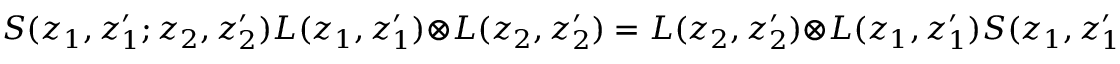
S ( z _ { 1 } , z _ { 1 } ^ { \prime } ; z _ { 2 } , z _ { 2 } ^ { \prime } ) L ( z _ { 1 } , z _ { 1 } ^ { \prime } ) \otimes L ( z _ { 2 } , z _ { 2 } ^ { \prime } ) = L ( z _ { 2 } , z _ { 2 } ^ { \prime } ) \otimes L ( z _ { 1 } , z _ { 1 } ^ { \prime } ) S ( z _ { 1 } , z _ { 1 } ^ { \prime } ; z _ { 2 } , z _ { 2 } ^ { \prime } ) .